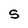
Character: S